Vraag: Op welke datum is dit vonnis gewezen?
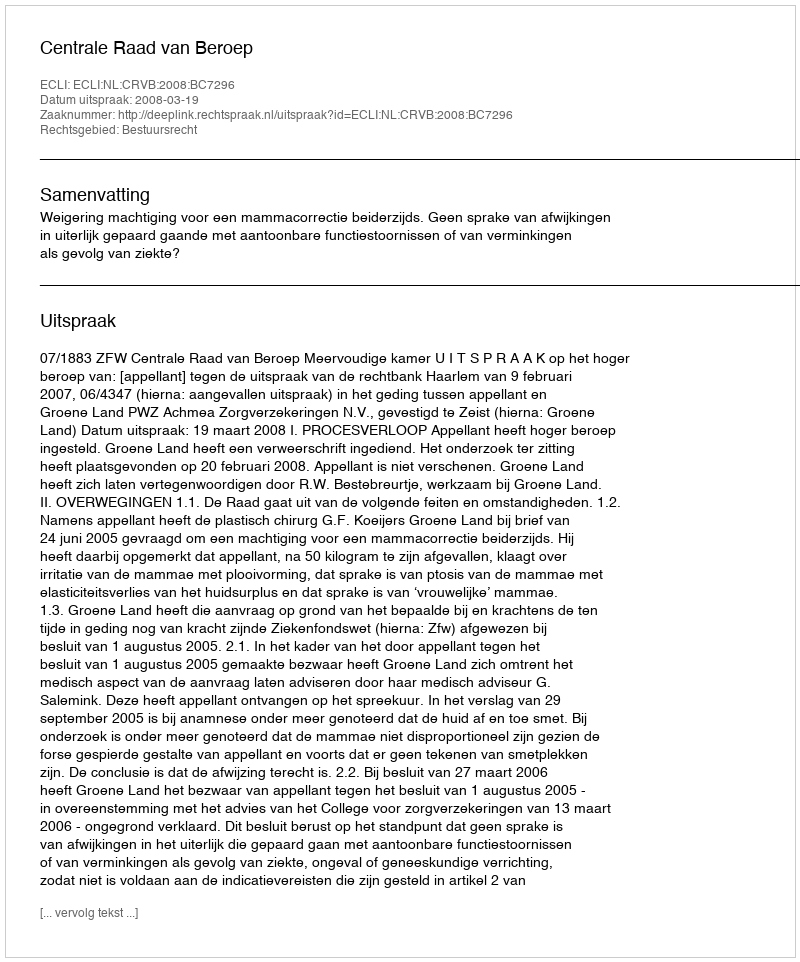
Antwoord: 2008-03-19